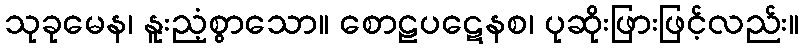
သုခုမေန၊ နူးညံ့စွာသော။ စောဠပဋေနစ၊ ပုဆိုးဖြားဖြင့်လည်း။